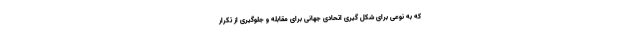
که به نوعی برای شکل گیری اتحادی جهانی برای مقابله و جلوگیری از تکرار